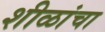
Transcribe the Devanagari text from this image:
शीळांचा